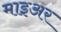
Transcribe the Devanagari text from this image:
माइअर